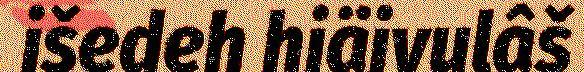
išedeh hiäivulâš